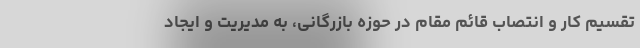
تقسیم کار و انتصاب قائم مقام در حوزه بازرگانی، به مدیریت و ایجاد